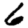
Digit: 6